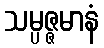
သမ္ပဇ္ဇမာနံ